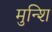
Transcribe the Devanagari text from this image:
मुन्शि